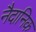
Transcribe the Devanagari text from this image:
नैदानिक